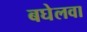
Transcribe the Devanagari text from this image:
बघेलवा